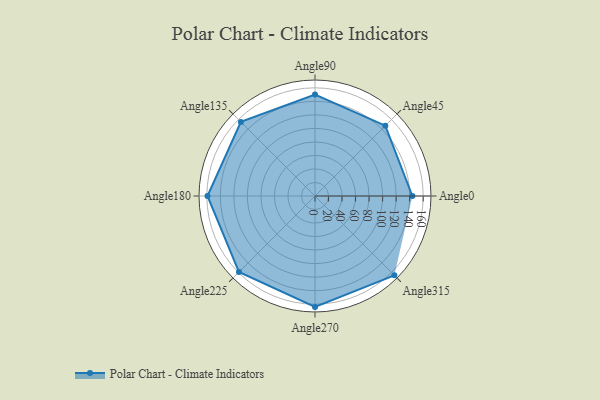
{"axis": {"x": "Angle", "y": "Radius"}, "legend": [""], "data": [{"x": "Angle0", "y": 144.0, "type": ""}, {"x": "Angle45", "y": 147.0, "type": ""}, {"x": "Angle90", "y": 150.0, "type": ""}, {"x": "Angle135", "y": 155.0, "type": ""}, {"x": "Angle180", "y": 159.0, "type": ""}, {"x": "Angle225", "y": 159.0, "type": ""}, {"x": "Angle270", "y": 164.0, "type": ""}, {"x": "Angle315", "y": 166.0, "type": ""}]}